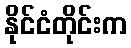
နိုင်ငံတိုင်းက